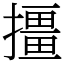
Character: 㩖